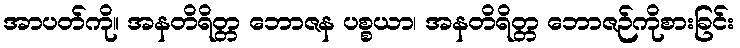
အာပတ်ကို။ အနတိရိတ္တ ဘောဇန ပစ္စယာ၊ အနတိရိတ္တ ဘောဇဉ်ကိုစားခြင်း